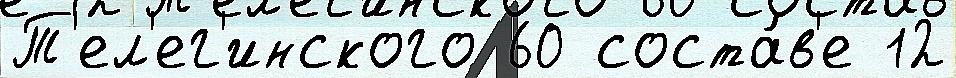
Т'ел'ег'инского 60 соста́в'е 12